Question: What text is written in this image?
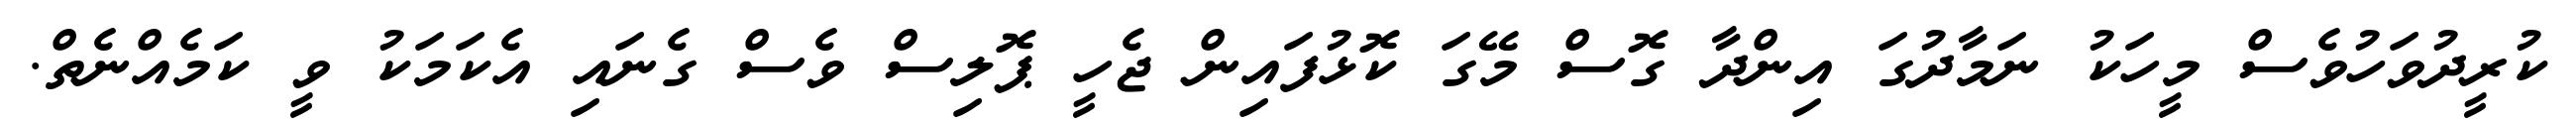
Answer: ކުރީދުވަހުވެސް މީހަކު ނަމާދުގަ އިންދާ ގޮސް މޭގަ ކޮޅުފައިން ޖެހީ ޕޮލިސް ވެސް ގެނައި އެކަމަކު ވީ ކަމެއްނެތް.